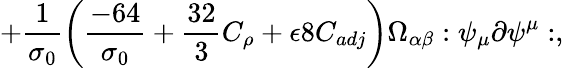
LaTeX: +\frac{1}{\sigma_{0}}\left(\frac{-64}{\sigma_{0}}+\frac{32}{3}C_{\rho}+\epsilon 8C_{adj}\right)\Omega_{\alpha\beta}:\psi_{\mu}\partial\psi^{\mu}:,